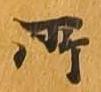
所